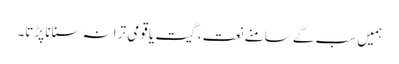
ہمیں سب کے سامنے نعت، گیت یا قومی ترانہ سنانا پڑتا۔